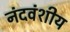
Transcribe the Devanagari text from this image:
नंदवंशीय